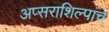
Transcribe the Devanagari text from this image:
अप्सराशिल्पांचे